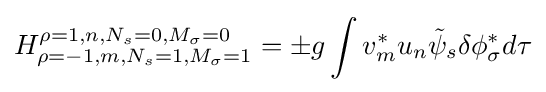
H_{\rho =-1,m,N_{s}=1,M_{\sigma }=1}^{\rho =1,n,N_{s}=0,M_{\sigma }=0}=\pm g\int v_{m}^{*}u_{n}{\tilde {\psi }}_{s}\delta \phi _{\sigma }^{*}d\tau